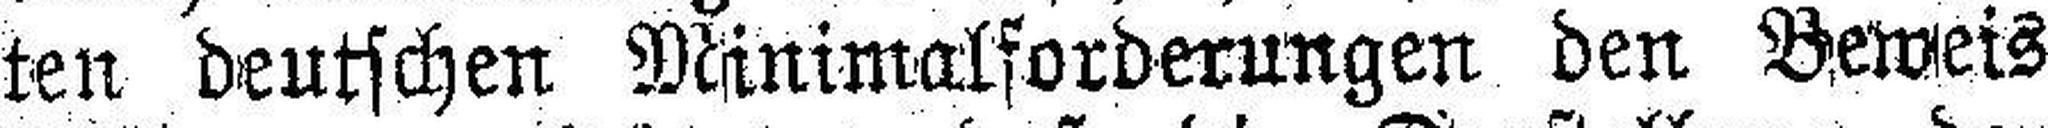
ten deutschen Minimalforderungen den Beweis